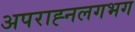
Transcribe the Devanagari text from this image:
अपराह्नलगभग